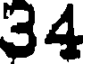
34